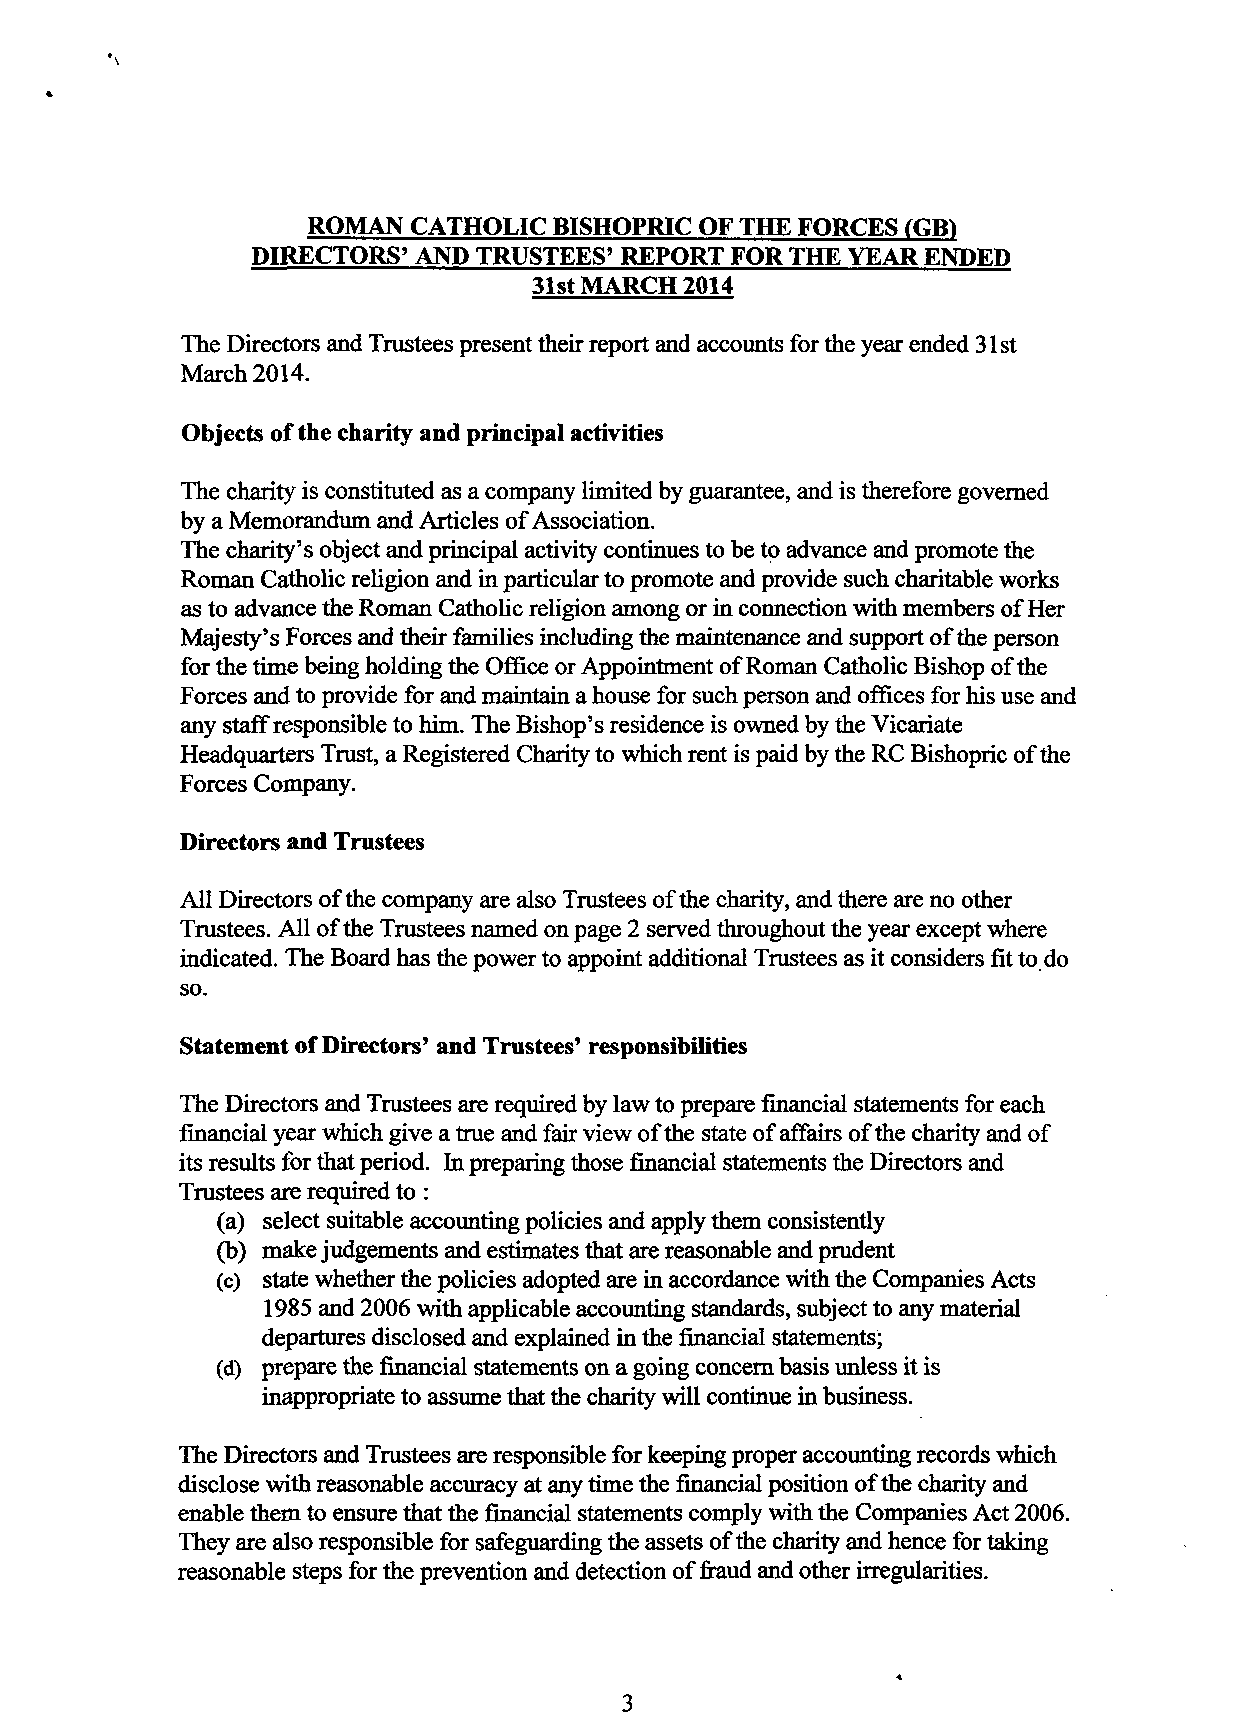
ROMAN  CATHOLIC BISHOPRIC OF THE FORCES (GB)
 DIRECTORS' AND TRUSTEES' REPORT FOR THE YEAR ENDED
 31st MARCH 2014
 The Directors and Trustees present their report and accounts for the year ended 31 st
 March 2014.
 Objects of the charity and principal activities
 The charity is constituted as a company limited by guarantee, and is therefore governed
 by a Memorandum and Articles of Association.
 The charity's object and principal activity continues to be to advance and promote the
 Roman Catholic religion and in particular to promote and provide such charitable works
 as to advance the Roman Catholic religion among or in connection with members of Her
 Majesty's Forces and their families including the maintenance and support of the person
 for the time being holding the Office or Appointment of Roman Catholic Bishop of the
 Forces and to provide for and maintain a house for such person and offices for his use and
 any staff responsible to him. The Bishop's residence is owned by the Vicariate
 Headquarters Trust, a Registered Charity to which rent is paid by the RC Bishopric of the
 Forces Company.
 Directors and Trustees
 All Directors of the company are also Trustees of the charity, and there are no other
 Trustees. All ofthe Trustees named on page 2 served throughout the year except where
 indicated. The Board has the power to appoint additional Trustees as it considers fit to do
 so.
 Statement of Directors' and Trustees' responsibilities
 The Directors and Trustees are required by law to prepare financial statements for each
 financial year which give a true and fair view of the state of affairs of the charity and of
 its results for that period. In preparing those financial statements the Directors and
 Trustees are required to :
 (a) select suitable accounting policies and apply them consistently
 (b) make judgements and estimates that are reasonable and prudent
 (c) state whether the policies adopted are in accordance with the Companies Acts
 1985 and 2006 with applicable accounting standards, subject to any material
 departures disclosed and explained in the financial statements;
 (d) prepare the financial statements on a going concern basis unless it is
 inappropriate to assume that the charity will continue in business.
 The Directors and Trustees are responsible for keeping proper accounting records which
 disclose with reasonable accuracy at any time the financial position of the charity and
 enable them to ensure that the financial statements comply with the Companies Act 2006.
 They are also responsible for safeguarding the assets of the charity and hence for taking
 reasonable steps for the prevention and detection of fraud and other irregularities.
 3